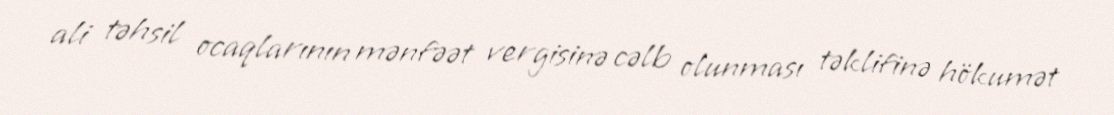
ali təhsil ocaqlarının mənfəət vergisinə cəlb olunması təklifinə hökumət